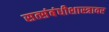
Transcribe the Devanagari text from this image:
सत्संबंधीशास्त्रावर